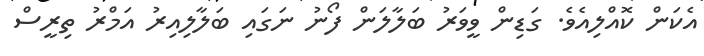
އެކަން ކޮއްލިއެވެ. ގަޑިން ވީވަރު ބަލާލަން ފޯނު ނަގައި ބަލާލިއިރު އަމްރު ތިރީސް